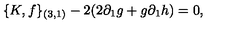
\{ K , f \} _ { ( 3 , 1 ) } - 2 ( 2 \partial _ { 1 } g + g \partial _ { 1 } h ) = 0 ,